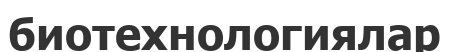
биотехнологиялар